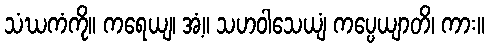
သံဃကံကို။ ကရေယျ၊ အံ့။ သဟဝါသေယျံ ကပ္ပေယျာတိ၊ ကား။